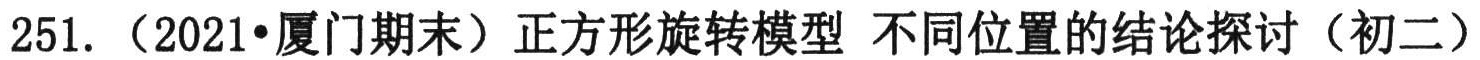
251. （2021•厦门期末）正方形旋转模型 不同位置的结论探讨（初二）